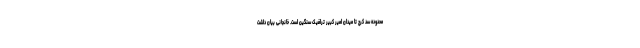
محدوده سد کرج تا میدان امیر کبیر ترافیک سنگین است. خانجانی بیان داشت